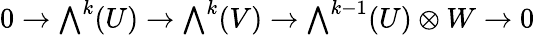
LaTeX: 0\to{\textstyle\bigwedge}^{k}(U)\to{\textstyle\bigwedge}^{k}(V)\to{\textstyle\bigwedge}^{k-1}(U)\otimes W\to 0